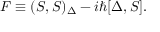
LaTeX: F \equiv ( S , S ) _ { \Delta } - i \hbar [ \Delta , S ] .